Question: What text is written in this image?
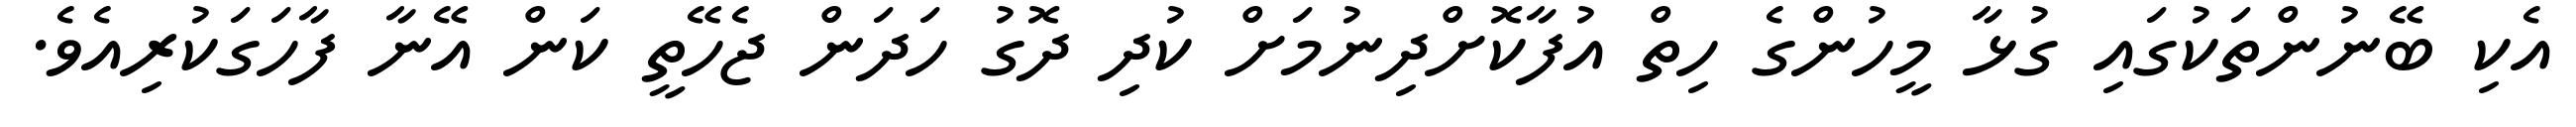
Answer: އެކި ބޭނުންތަކުގައި ގުޅާ މީހުންގެ ހިތް އުފާކޮށްދިނުމަށް ކުދި ދޮގު ހަދަން ޖެހޭތީ ކަން އޭނާ ފާހަގަކުރިއެވެ.